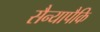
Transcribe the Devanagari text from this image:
सैन्यापैकि